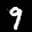
Label: 9